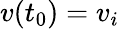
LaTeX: v(t_{0})=v_{i}